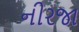
નીરજા